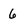
Character: 6